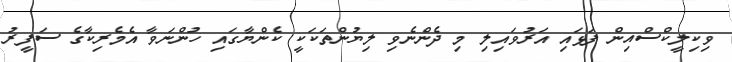
ވިކިލީކްސްއިން ފަޅައި އަރުވައިލި މި ދެންނެވި ލިޔުންތަކަކީ ކެންޔާގައި ހުންނަވާ އެމެރިކާގެ ސަފީރު